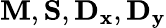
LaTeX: \mathbf{M},\mathbf{S},\mathbf{D_{x}},\mathbf{D_{y}}